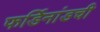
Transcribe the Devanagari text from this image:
फर्डिनांडची